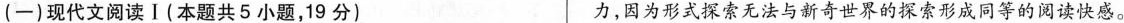
(一)现代文阅读Ⅰ(本题共5小题，19分) 力，因为形式深帝无法与新奇世旱的探索形成同等的同读快感。